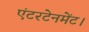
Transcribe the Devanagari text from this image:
एंटरटेनमेंट।